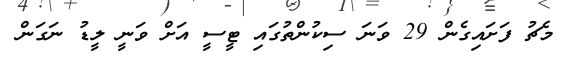
މެޗު ފަށައިގެން 29 ވަނަ ސިކުންތުގައި ޓީސީ އަށް ވަނީ ލީޑު ނަގަން